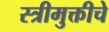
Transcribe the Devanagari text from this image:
स्त्रीमुक्तीचे